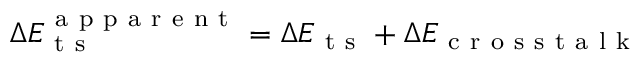
\Delta E _ { \mathrm { ~ t ~ s ~ } } ^ { \mathrm { ~ a ~ p ~ p ~ a ~ r ~ e ~ n ~ t ~ } } = \Delta E _ { \mathrm { ~ t ~ s ~ } } + \Delta E _ { \mathrm { ~ c ~ r ~ o ~ s ~ s ~ t ~ a ~ l ~ k ~ } }